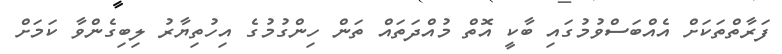
ފަރާތްތަކަށް އެއްބަސްވުމުގައި ބާކީ އޮތް މުއްދަތައް ތަން ހިންގުމުގެ އިހުތިޔާރު ލިބިގެންވާ ކަމަށް